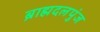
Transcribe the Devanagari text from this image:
ब्राह्मदलपुंज